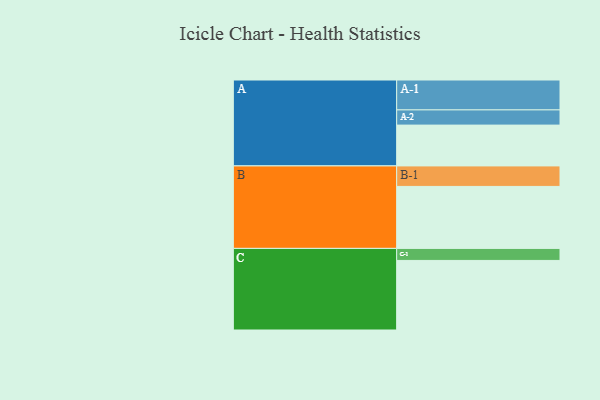
{"axis": {"x": "Segment", "y": "Value"}, "legend": ["", "A", "B", "C"], "data": [{"x": "A", "y": 322, "type": ""}, {"x": "B", "y": 489, "type": ""}, {"x": "C", "y": 549, "type": ""}, {"x": "A-1", "y": 236, "type": "A"}, {"x": "A-2", "y": 120, "type": "A"}, {"x": "B-1", "y": 162, "type": "B"}, {"x": "C-1", "y": 95, "type": "C"}]}